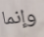
وإنما